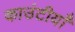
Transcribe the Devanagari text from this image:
काउंटीयाँ